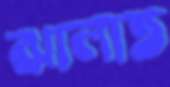
ঝালাত